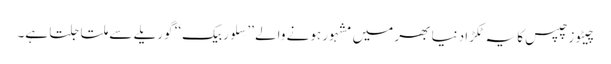
چیٹوز چپس کا یہ ٹکڑا دنیا بھر میں مشہور ہونے والے ’’سِلوربیک‘‘ گوریلے سے ملتا جلتا ہے۔